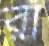
রা